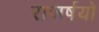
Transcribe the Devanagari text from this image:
राजर्षयो